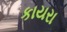
કાયરા